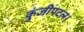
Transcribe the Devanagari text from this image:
कुंजीपटल।